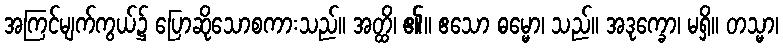
အကြင်မျက်ကွယ်၌ ပြောဆိုသောစကားသည်။ အတ္ထိ၊ ၏။ ဧသော ဓမ္မော၊ သည်။ အဒုက္ခော၊ မရှိ။ တသ္မာ၊